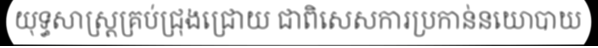
យុទ្ធសាស្ត្រគ្រប់ជ្រុងជ្រោយ ជាពិសេសការប្រកាន់នយោបាយ